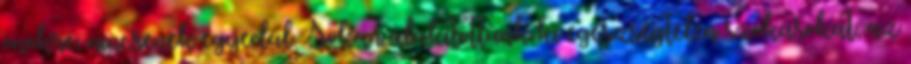
önökre, nincsenek egyedül. Sokan alakítottunk ki egészségtelen szokásokat, az